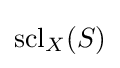
\operatorname {scl} _{X}(S)